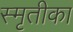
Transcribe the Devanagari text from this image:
स्मृतीका